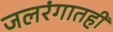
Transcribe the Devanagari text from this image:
जलरंगातही